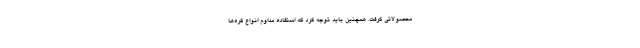
محصولاتی گرفت. همچنین باید توجه کرد که استفاده مداوم انواع کره‌ها